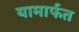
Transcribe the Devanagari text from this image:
यामार्फत